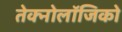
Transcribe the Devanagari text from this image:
तेक्नोलॉजिको